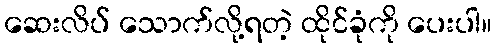
ဆေးလိပ် သောက်လို့ရတဲ့ ထိုင်ခုံကို ပေးပါ။